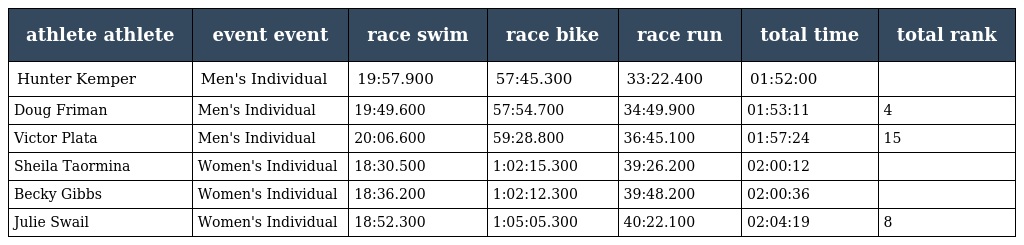
| athlete athlete | event event | race swim | race bike | race run | total time | total rank |
 | --- | --- | --- | --- | --- | --- | --- |
 | Hunter Kemper | Men's Individual | 19:57.900 | 57:45.300 | 33:22.400 | 01:52:00 |  |
 | Doug Friman | Men's Individual | 19:49.600 | 57:54.700 | 34:49.900 | 01:53:11 | 4 |
 | Victor Plata | Men's Individual | 20:06.600 | 59:28.800 | 36:45.100 | 01:57:24 | 15 |
 | Sheila Taormina | Women's Individual | 18:30.500 | 1:02:15.300 | 39:26.200 | 02:00:12 |  |
 | Becky Gibbs | Women's Individual | 18:36.200 | 1:02:12.300 | 39:48.200 | 02:00:36 |  |
 | Julie Swail | Women's Individual | 18:52.300 | 1:05:05.300 | 40:22.100 | 02:04:19 | 8 |